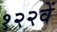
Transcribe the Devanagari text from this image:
१२२वें